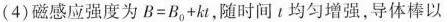
(4)磁感应强度为$$B = B _ { 0 } + k t$$，随时间?均匀增强，导体棒以